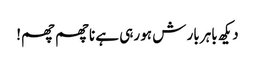
دیکھ باہر بار ش ہو رہی ہے ناچھم چھم!